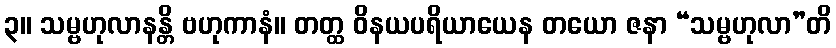
၃။ သမ္ဗဟုလာနန္တိ ဗဟုကာနံ။ တတ္ထ ဝိနယပရိယာယေန တယော ဇနာ “သမ္ဗဟုလာ”တိ